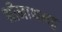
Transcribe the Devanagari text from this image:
श्रीनाथभट्ट